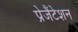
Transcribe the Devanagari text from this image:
प्रेजैंटेशन